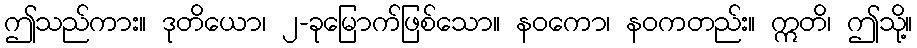
ဤသည်ကား။ ဒုတိယော၊ ၂-ခုမြောက်ဖြစ်သော။ နဝကော၊ နဝကတည်း။ ဣတိ၊ ဤသို့။